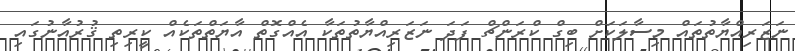
ނަޒަރިއްޔާތުތައް މިސާލަކަށް ބިގް ކްރަންޗް ފަދަ ނަޒަރިއްޔާތުތަކާ އެއްގޮތް އާޔަތްތަކެއް ކީރިތި ޤުރުއާނުގައި